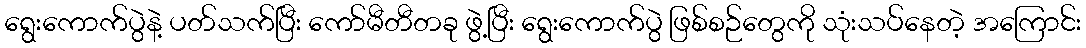
ရွေးကောက်ပွဲနဲ့ ပတ်သက်ပြီး ကော်မီတီတခု ဖွဲ့ပြီး ရွေးကောက်ပွဲ ဖြစ်စဉ်တွေကို သုံးသပ်နေတဲ့ အကြောင်း